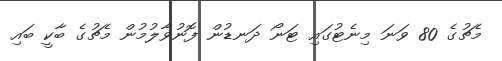
މެޗުގެ 80 ވަނަ މިނެޓުގައި ޓަނޯ ދަނޑުން ފޮނުވާލުމުން މެޗުގެ ބާކީ ބައި